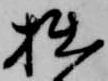
拙